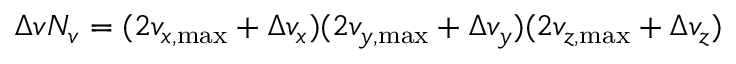
\Delta v N _ { v } = ( 2 v _ { x , \operatorname* { m a x } } + \Delta v _ { x } ) ( 2 v _ { y , \operatorname* { m a x } } + \Delta v _ { y } ) ( 2 v _ { z , \operatorname* { m a x } } + \Delta v _ { z } )